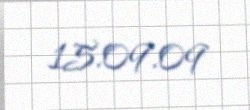
15.09.09